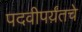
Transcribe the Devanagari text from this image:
पदवीपर्य़ंतचे